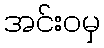
အင်းဝမှ